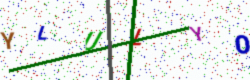
Text: YLULYO